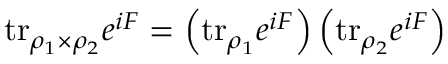
\mathrm { t r } _ { \rho _ { 1 } \times \rho _ { 2 } } e ^ { i F } = \left( \mathrm { t r } _ { \rho _ { 1 } } e ^ { i F } \right) \left( \mathrm { t r } _ { \rho _ { 2 } } e ^ { i F } \right)